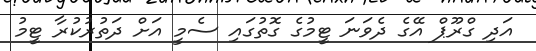
އަދި ގްރޫޕް އޭގެ ދެވަނަ ޓީމުގެ ގޮތުގައި ސެމީ އަށް ދަތުރުކުރާ ޓީމު